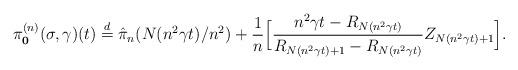
LaTeX: \begin{align*} \pi_{\mathbf{0}}^{(n)}(\sigma ,\gamma )(t)\stackrel{d}{=}\hat{\pi}_{n}(N(n^{2}\gamma t)/n^{2})+\dfrac{1}{n}\Big [\dfrac{n^{2}\gamma t-R_{N(n^{2}\gamma t)}}{R_{N(n^{2}\gamma t)+1}-R_{N(n^{2}\gamma t)}}Z_{N(n^{2}\gamma t)+1}\Big ] .\end{align*}